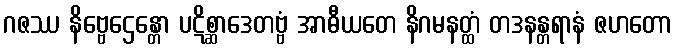
ဂဇဿ နိဗ္ဗေဌေန္တော ပဋိစ္ဆာဒေတဗ္ဗံ အာဓီယတေ နိဂမနတ္ထံ တဒနန္တရာနံ ဇဟတော